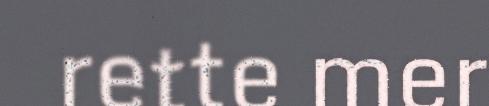
rette mer